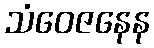
သံဝေဇနေန